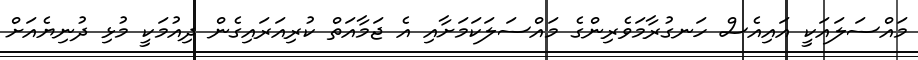
މައްސަލައަކީ އައިއެސް ހަނގުރާމަވެރިންގެ މައްސަލަކަމަށާއި އެ ޖަމާއަތް ކުރިއަރައިގެން ދިއުމަކީ މުޅި ދުނިޔެއަށް